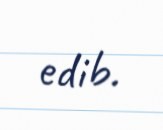
edib.